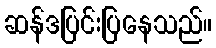
ဆန်ဒပြင်းပြနေသည်။